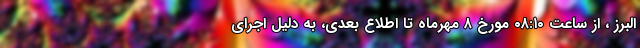
البرز ، از ساعت ۰۸:۱۰ مورخ ۸ مهرماه تا اطلاع بعدی، به‌ دلیل اجرای